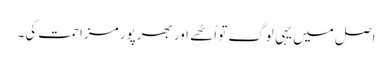
اصل میں یہی لوگ تو اُٹھے اور بھرپور مزاحمت کی۔